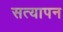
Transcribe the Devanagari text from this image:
सत्‍यापन